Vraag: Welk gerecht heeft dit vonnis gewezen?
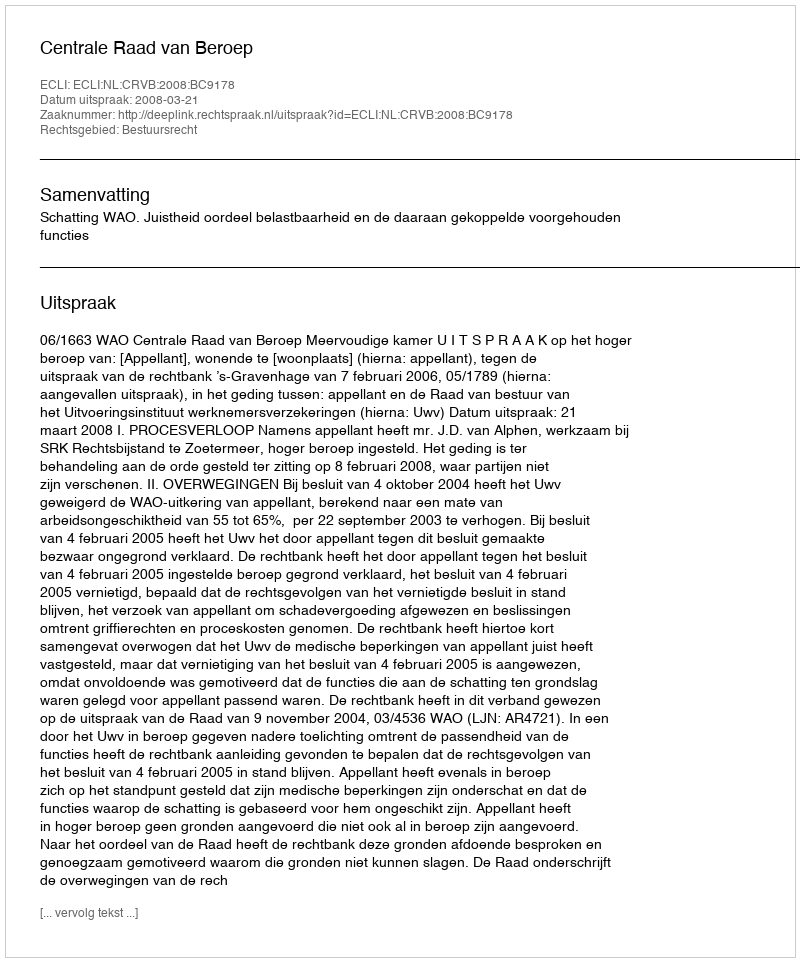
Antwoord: Centrale Raad van Beroep